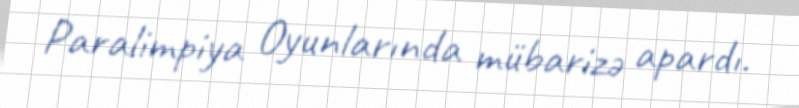
Paralimpiya Oyunlarında mübarizə apardı.